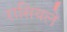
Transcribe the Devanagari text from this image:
रासियले